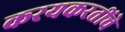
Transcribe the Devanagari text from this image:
करयकरतींचे